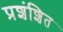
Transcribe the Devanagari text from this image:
प्रशंशित